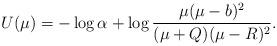
\begin{align*}U(\mu)=-\log\alpha+\log\frac{\mu(\mu-b)^2}{(\mu+Q)(\mu-R)^2}.\end{align*}